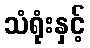
သံရုံးနှင့်